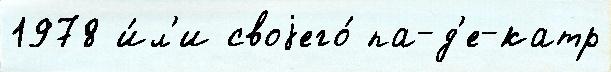
1978 и́л'и своjего́ па-д'е-катр